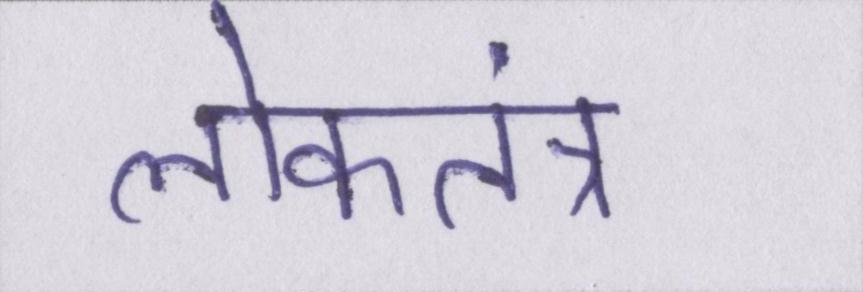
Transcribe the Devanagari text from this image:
लोकतंत्र